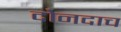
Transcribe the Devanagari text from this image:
दोनदाच